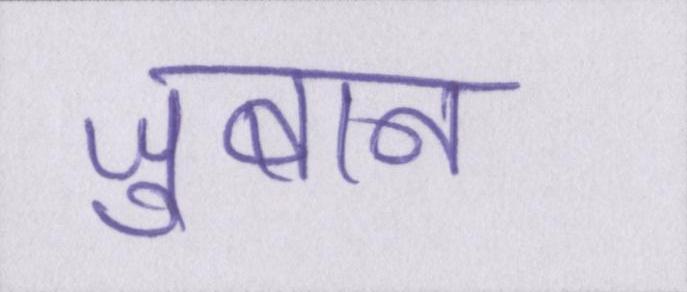
ज़ुबान